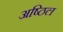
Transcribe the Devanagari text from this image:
अष्ठिल